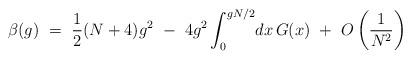
LaTeX: \begin{align*}\beta(g) ~=~ \frac{1}{2}(N+4)g^2 ~-~ 4g^2 \int_0^{gN/2} \! dx \, G(x) ~+~ O\left(\frac{1}{N^2}\right)\end{align*}